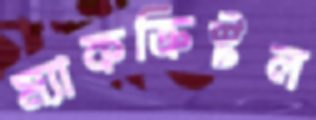
ম্যাকক্রিস্টল